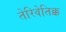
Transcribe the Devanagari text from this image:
तेरिवेतिक्क